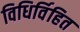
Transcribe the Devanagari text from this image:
विधिर्विहित